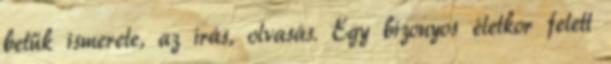
betűk ismerete, az írás, olvasás. Egy bizonyos életkor felett